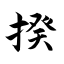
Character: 揆